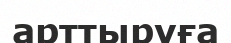
арттыруға